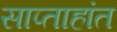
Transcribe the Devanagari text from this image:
साप्ताहांत